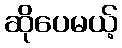
ဆိုပေမယ့်